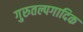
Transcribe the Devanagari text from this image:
गुरुतल्पगादिक